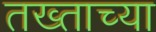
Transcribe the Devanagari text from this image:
तख्ताच्या